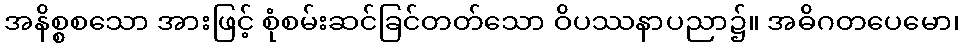
အနိစ္စစသော အားဖြင့် စုံစမ်းဆင်ခြင်တတ်သော ဝိပဿနာပညာ၌။ အဓိဂတပေမော၊